Vital statistics of India. Vol. VI, European troops 1870-79
Year: 1870
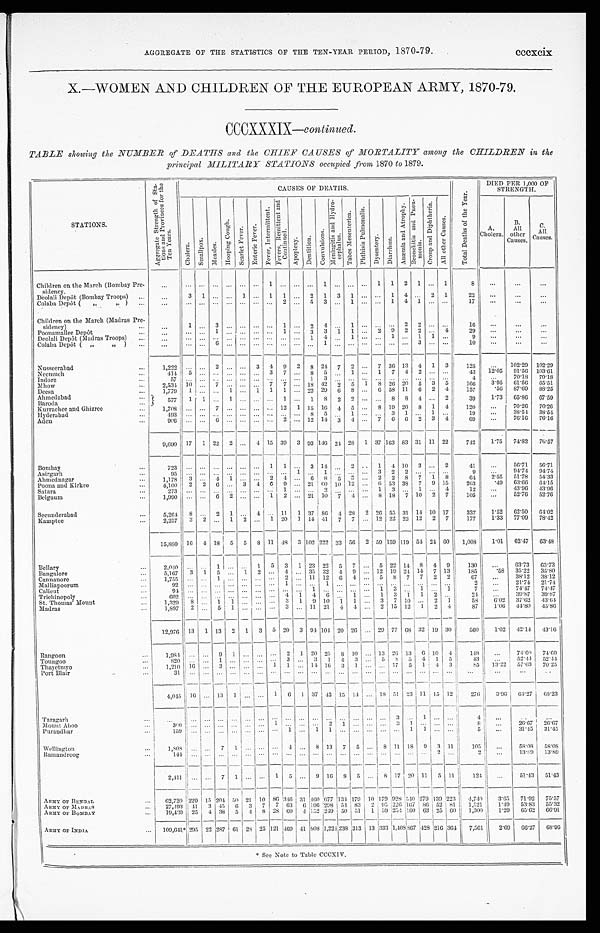
AGGREGATE OF THE STATISTICS OF THE TEN-YEAR PERIOD, 1870-79. cccxcix
X.—WOMEN AND CHILDREN OF THE EUROPEAN ARMY, 1870-79.
CCCXXXIX—continued.
TABLE showing the NUMBER of DEATHS and the CHIEF CAUSES of MORTALITY among the CHILDREN in the
principal MILITARY STATIONS occupied from 1870 to 1879.
STATIONS.
A g g r e g a t e S t r e n g t h o f S t a - t i o n s a n d p r o v i n c e s f o r t h e T e n Y e a r s .
CAUSES OF DEATHS.
T o t a l D e a t h s o f t h e Y e a r .
DIED PER 1,000 OF
STRENGTH.
C h o l e r a .
S ma l l p o x . M e a s l e s .
H o o p i n g C o u g h .
S c a r l e t F e v e r . E n t e r i c F e v e r .
F e v e r , I n t e r mi t t e n t .
F e v e r s , R e m i t t e n t a n d C o n t i n u e d .
Ap o p l e x y .
D e n t i t i o n .
C o n v u l s i o n s .
M e n i n g i t i s a n d H y d r o - c e p h a l u s .
T a b e s M e s e n t e r i c a .
P h t h i s i s P u l m o n a l i s . D y s e n t e r y .
D i a r r h œ a .
A n æ m i a a n d A t r o p h y .
B r o n c h i t i s a n d P n e u - m o n i a .
C r o u p a n d D i p h t h e r i a .
A l l o t h e r C a u s e s .
A.
Cholera.
B.
All
other
Causes.
C.
All
Causes.
Children on the March (Bombay Pre-
sidency.
. . . ... ... ... ... ... ... 1
. . .
... . . . 1 ... ... ... 1 1 2 1 ... 1
8 ...
. . .
. . .
Deolali Depôt (Bombay Troops) ...
. . .
3 1 ...
. . . 1 ... 1 1 ... 2 1 3 1 ... ... 1 4 ... 2 1
22 ...
...
. . .
Colaba Depôt ( „ „ ) ...
. . . ... ... ... . . . ... ... ...
2 ... 5
3 ... 1 ... ... 1 4 1 ... ...
1 7 ...
. . .
. . .
Children on the March (Madras Pre-
sidency) ...
...
1 ... 3
. . . ... ...
.... 1 ... 2
4 ... 1 ... ... ... 2 2 ... ...
16
. . .
. . .
...
Poonamallee Depôt
...
...
... ... 1 . . . ... ... ...
1 ... 3 3 1 1 ... 2 9 2 2 ... 4
29 ...
...
...
Deolali Depôt (Madras Troops) ...
...
... ... ... ... ... ... ...
. . .
... 1 4 ... 1 ... ... 1 ... 1 1 ...
9
...
...
...
Colaba Depôt ( „ „ )
...
...
... ... 6 . . . ... ... ...
. . .
...
. . .
1
...
... ...
... .... ... 3 ... ...
10
. . .
...
...
Nusseerabad
...
1,222 ... ... 2 ... ... 3 4 9 2 8 24 7 2 ... 7 36 13 4 1 3
125
... 102.29 102. 29
Neemuch
...
414 5 ... ... ... ... ... 3 7 ... 8 5 ... 1 ... 1 7 4 2 ... ...
43 12.05 91.56 103.61
Indore
...
5 7
... ... ..
. . . ... ... ...
. . .
... 1
3 ... ... ... ... ... ... ... ... ...
4 ...
70.18 70.18
M h o w
...
2,534 10 ... 7 . . . ... ... 7 7 ... 18 42 2 5 1 8 26 20 5 3 5
166
3.95 61.56 65.51
Deesa
...
1,779 1 ... ... 1 ... 1 1 1 ... 22 29 6 8 ... 6 58 11 6 2 4
157
. 5 6 87.69 88.25
Ahmedabad
...
577
1 1 ... 1 ... ... ... 1 ... 1 8 2 2 ... ... 8 8 4 ... 2
39
1.73 65.86 67.59
Baroda
. . .
Kurrachee and Ghizree
...
1,708 ... ... 7 ... ... ... ... 12 1 15 16 4 5 ... 8 19 20 8 1 4
120 ...
70.26 7 0 . 2 6
Hyderabad
...
4 9 3
... ... ... . . . ... ... ...
. . .
... 8
5 ... 1 ... ... 3 1 ... 1 ...
19
. . .
38.54 38.54
Aden
...
906 ... ... 6 ... ... ... ... 2 ... 12 14 3 4 ... 7 6 6 2 3 4
69
. . .
76.16 76.16
9,690 17 1 22 2 ... 4 15 39 3 93 146 24 28 1 37
1 6 3
83 31 11 22
742 1.75 74.82 76.57
Bombay
...
723 ... ... ... . . . ... ... 1 1 ... 3 14 ... 2 .. 1 4 10 3 ... 2
41 ...
56.71 56.71
Asirgarh
...
9 5
... ... ... . . . ... ... ...
. . .
1
. . . 1 ... ... ... 3 2 2 ... ... ...
9 ...
94.74 94.74
Ahmednagar
...
1,178 3 ... 4 1 ... ... 2 4 ... 6 8 5 3 ... 2 2 8 7 1 8
64
2.55 51.78 54.33
Poona and Kirkee
...
4,100 2 2 6 ... 3 4 6 9 ... 21 6 0 10 12 ... 6 53 38 7 9 15 263
. 4 9 63.66 64.15
Satara
...
2 7 3 ... ... ... . . . ... ... ... 1 ... ... 2 ... ... ... 1 3 ... 1 ... 4
12 ...
43.96 43.96
Belgaum
...
1,990 ... ... 6 2 ... ... 1 2 ... 21 10 7 4 ... 8 18 7 10 2 7
105 ...
52.76 52.76
Secunderabad
...
5,264 8 . . . 2 1 ... 4 ... 11 1 37 8 6 4 28 2 26 55 31 14 10 17
337 1.52 62.50 64.02
Kamptee
...
2,257 3 2 ... 1 2 ... 1 20 1 14 41 7 7 ... 12 22 23 12 2 7
177
1.33 77.09 7 8 . 4 2
15,880 16 4 18 5 5 8 11 48 3 102 222 33 56 2 59
159 11954 24 60 1,008
1.01 62.47 6 3 . 4 8
Be l l a r y
...
2,040 ... ... 1 ... ... 1 5 3 1 23 22 5 7 ... 5 22 14 8 4 9
130 ...
63.73 63.73
Bangalore
...
5,167 3 1 5 ... 1 2 ... 4 ... 35 32 4 9 ... 12 19 2414 7 13
185
. 5 8 35.22 35.80
Cannanore
...
1,755 ... ... 1 . . . ... ... ... 2 ... 11 12 6 4 ... 5 8 7 7 2 2
67 ...
38.12 38.12
Malliapoorum
...
92 ... ... ... . . . ... ... ... 1 ... . . . 1 ... ... ... ... ... ... ... ... ...
2 ...
21.74 21.74
Calicut
...
94 ... ... ... . . . ... ... ... ... ... 1
. . . ... ... ... 1 3 ... 1 ... 1
7
... 74.47 74.47
Trichinopoly
...
6 0 2 ... ... ... . . . ... ... ... 4 1 4 6 ... 1 ... 1 3 1 1 2 ...
24
...
39.87 39.87
St. Thomas. Mount
...
1,329 8 ... 1 1 ... ... ... 3 1 9 10 1 1 ... 3 7 10 ... 2 1
58
6.02 37.62 43.64
Madras
...
1,897 2 ... 5 1 ... ... ... 3 ... 11 21 4 4 ... 2 15 12 1 2 4
87
1.06 44.80 45.86
12,976 13 1 13 2 1 3 5 20 3 94 104 20 26 ... 29 77 68 32 19 30
560
1.02 42.14 43.16
Rangoon
...
1,984 ...
. . . 9 1 ... ... ... 2 1 20 25 8 10 ... 13 26 13 6 10 4
1 4 8 ...
74.60 74.60
Toungoo
...
820 ...
. . . 1 . . .
... ... ...
3 ... 3 1 4 3 ... 5 8 5 4 1 5
43 ...
52.44 52.44
Thayetmyo
...
1,210 16 ... 3 ... ... ... 1 1 ... 14 16 3 1 ... ... 17 5 1 4 3
85 13.22 57.03 70.25
Port Blair
...
31 ...
... ... . . .
... ... ...
. . . ...
. . . . . . ... ...... ... ... ... ... ...
. . .
. . . ...
...
. .
4,045 16 ... 13 1 ... ... 1 6 1 37 42 15 14
...
18 51 23 11 15 12
276
3.96 64.27 68.23
Taragarh
...
...
... ... ...
. . .
... ... ...
. . . ... . . . . . .
... ... ... ... 3 ... 1 ... ...
4
. . . . .
...
Mo u n t Ab o o
. . .
360 ... ... ...
. . . ... ... 1
. . . ... . . . 2 1 ... ... ... 3 1 ... ... ...
8
. . . 26.67 26.67
Purandhar
Wellington
...
...
159
1,808
...
... ... . . . . . .
7
. . .
1
... . . . . . .
. . .
...
...
1
4 .... . . 1
8 1
13 . . .
7 . . .
5 . . .
... . . .
8 ... 11 1 18
1
9 ... 3
. . .
11
5
105
. . .
...
31.45
58.08
31.45
58.08
Ramandroog
. . .
144 ... . . . ... ...
. . . . . . . . . . . . ... . . . ... ... ... ... ... ... ... . . . 2 ...
2 ... 13.89 13.89
2,411 ... ... 7 1 ... ... 1
5 ... 9 16 8 5 ... 8 17 20 11 5 11
124 ...
51.43 51.43
ARMY OF BENGAL
... 62,720 229 15 204 50 21 10 86 346 31 460 677 134 179 10 179 928 540 279 139 223 4,740 3 . 6 5
71.92 75.57
ARMY OF MADRAS
... 27,493 41 3 4 5 6 3 7 7 6 3 6 196 298 54 83 2 95 226 167 86 52 81 1,521
1.49 53.83 55.32
ARMY OF BOMBAY
... 19,430 25 4 38 5 4 8 28 60 4 152 249 50 51 1
59 254 160 63 25 60 1,300
1.29 65.62 66.91
ARMY OF INDIA
... 109,641* 2 9 5
22 287 61 28 2512 121 46 9 41 808 1,224 238 313 13 333 1,408867 428 216 364 7,561
2.6
9
66.27 68. 96
* See Note to Table CCCXIV.